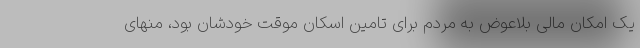
یک امکان مالی بلاعوض به مردم برای تامین اسکان موقت خودشان بود، منهای